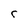
Character: r